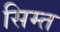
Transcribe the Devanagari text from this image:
सिम्त